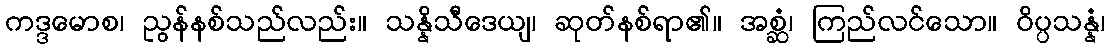
ကဒ္ဒမောစ၊ ညွန်နစ်သည်လည်း။ သန္နိသီဒေယျ၊ ဆုတ်နစ်ရာ၏။ အစ္ဆံ၊ ကြည်လင်သော။ ဝိပ္ပသန္နံ၊